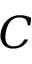
C